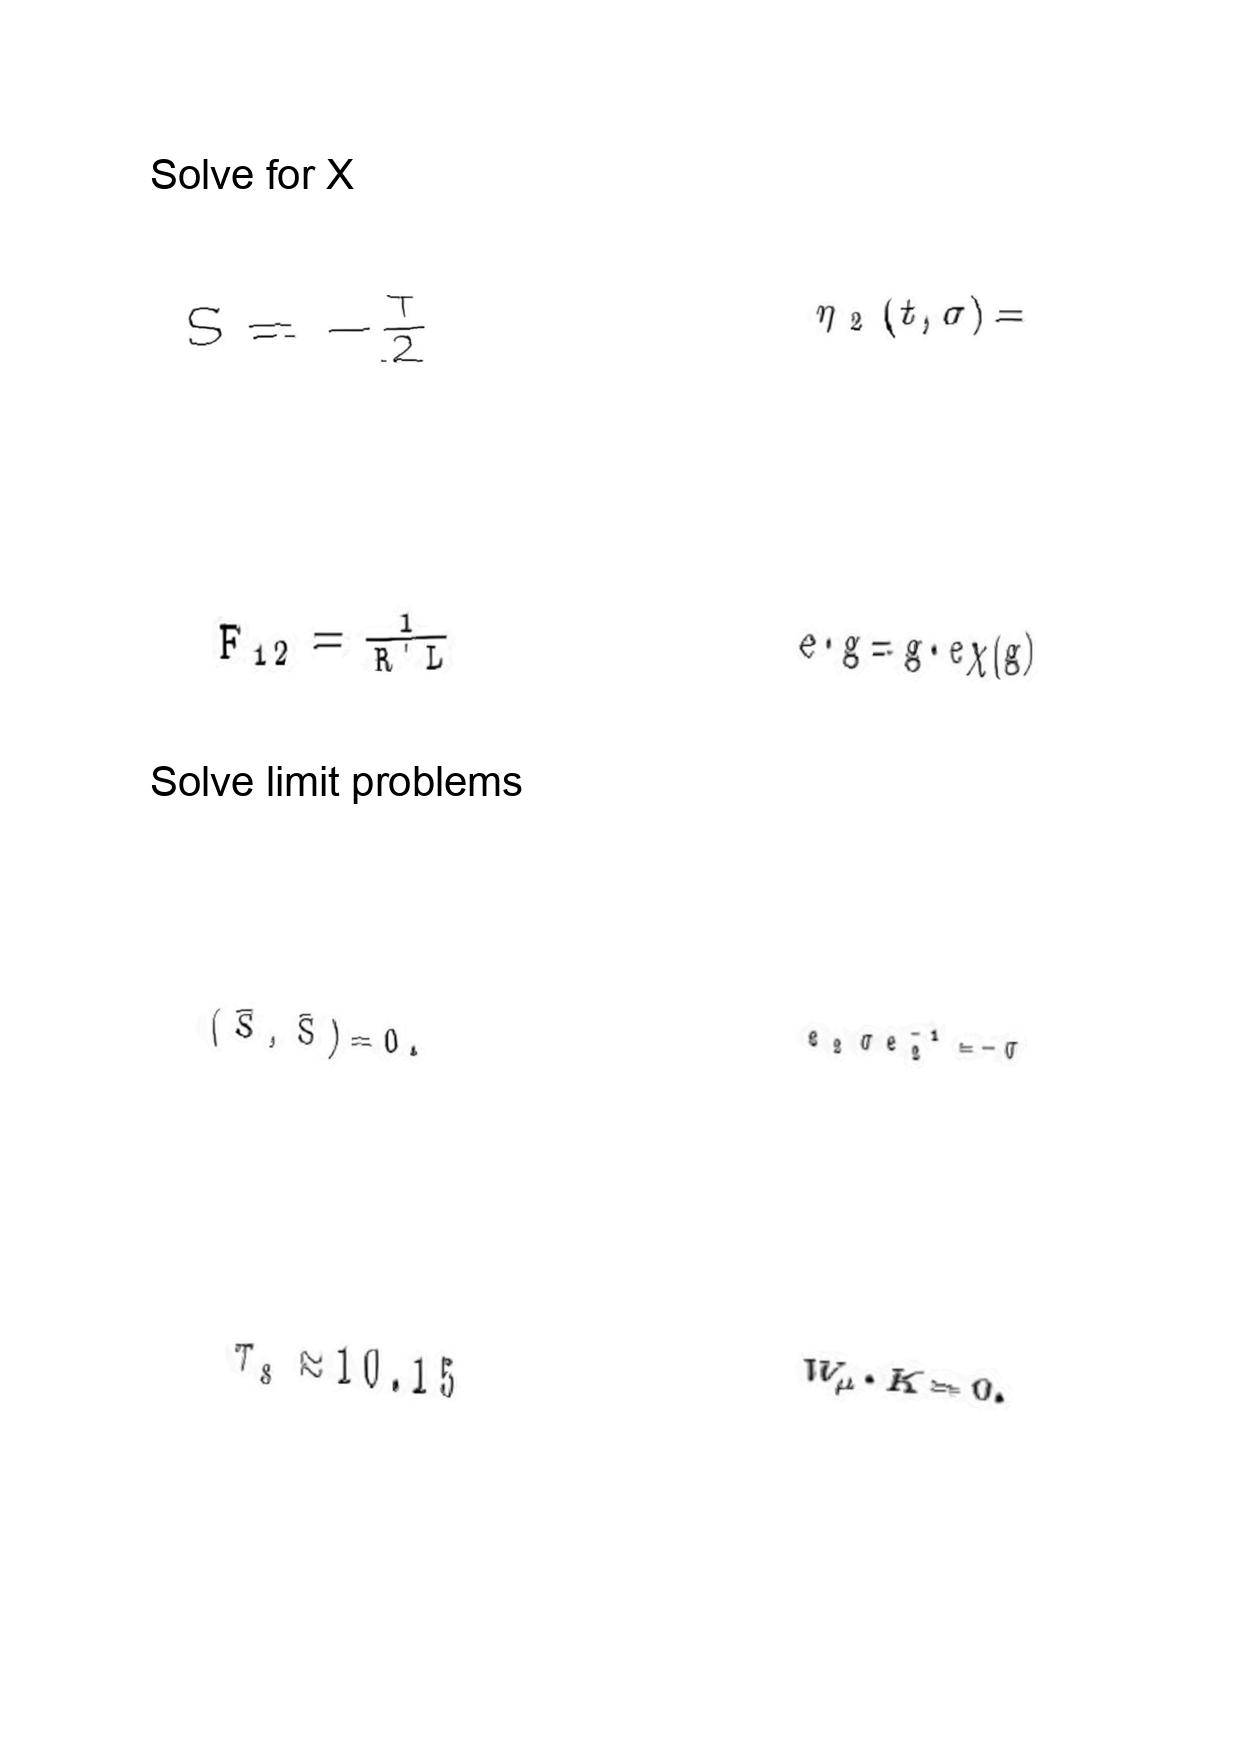
LaTeX transcription:
S = - \frac { T } { 2 }
F _ { 1 2 } = \frac { 1 } { R ^ { \prime } L }
\lparen \bar { S } , \bar { S } \rparen = 0 .
\tau _ { s } \approx 1 0 . 1 5
\eta _ { 2 } \lparen t , \sigma \rparen =
e \cdot g = g \cdot e \chi \lparen g \rparen
e _ { 2 } \sigma e _ { 2 } ^ { - 1 } = - \sigma
W _ { \mu } \cdot K = 0 .